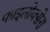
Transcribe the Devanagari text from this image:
फाइलोक्सेरा